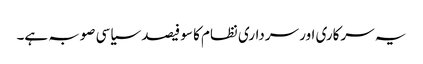
یہ سرکاری اور سرداری نظام کا سو فیصد سیاسی صوبہ ہے۔